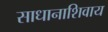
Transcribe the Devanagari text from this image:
साधानाशिवाय